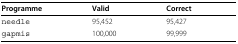
| Programme | Valid | Correct |
 | --- | --- | --- |
 | needle | 95,452 | 95,427 |
 | gapmis | 100,000 | 99,999 |